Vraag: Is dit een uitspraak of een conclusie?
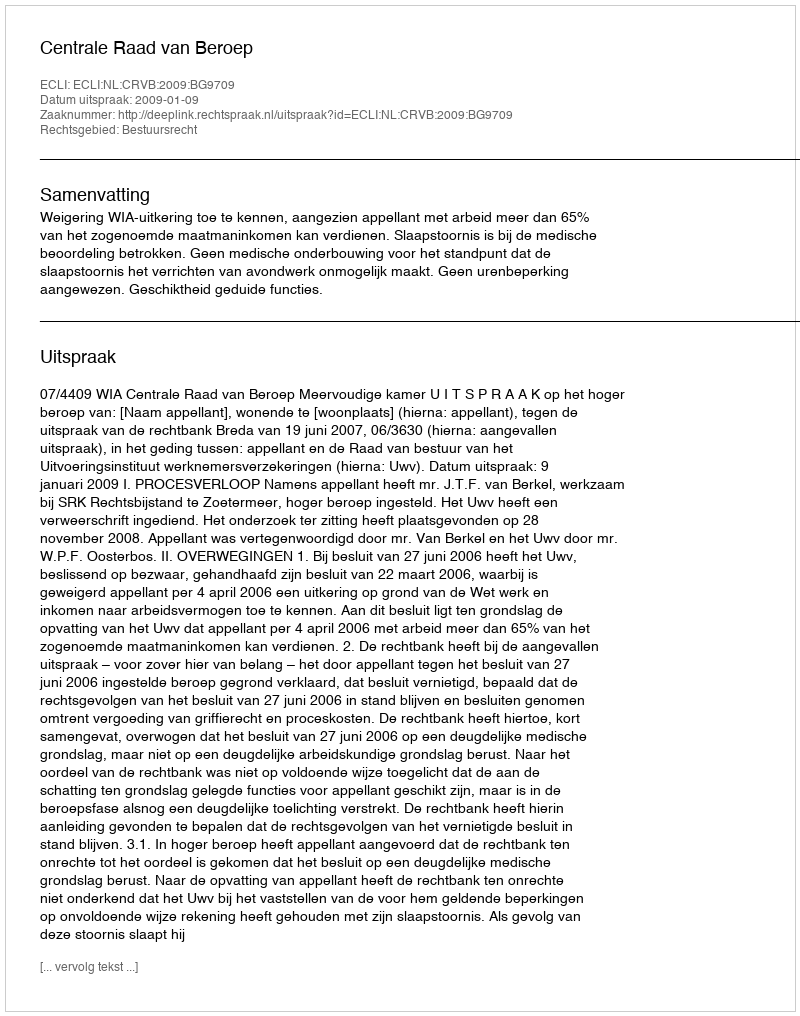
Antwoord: Uitspraak